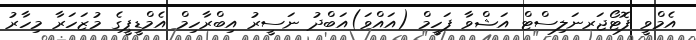
އެމްވީ ފޮޓޯޖަރނަލިސްޓް އަޝްވާ ފަހީމް (އައްވަ)އަބްދު ނަސީރު އިބްރާހިމް އެމްޑީޕީގެ މުޒަހަރާ މިހާރު